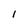
Character: 1